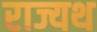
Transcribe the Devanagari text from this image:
राज्यथ